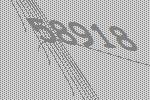
58918